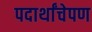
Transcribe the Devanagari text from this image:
पदार्थांचेपण